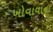
ખોવાવાના